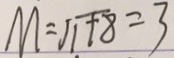
M = \sqrt { 1 + 8 } = 3